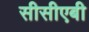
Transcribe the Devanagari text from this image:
सीसीएबी